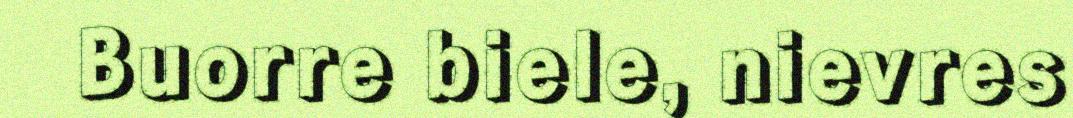
Buorre biele, nievres